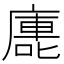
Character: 廤